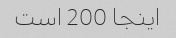
اینجا 200 است